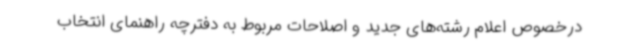
درخصوص اعلام رشته‌های جدید و اصلاحات مربوط به دفترچه راهنمای انتخاب